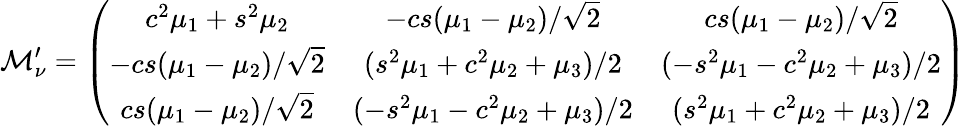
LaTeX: \mathcal{M}_{\nu}^{\prime}=\left(\begin{array}{ccc}{{c^{2}\mu_{1}+s^{2}\mu_{2}}}&{{-cs(\mu_{1}-\mu_{2})/\sqrt{2}}}&{{cs(\mu_{1}-\mu_{2})/\sqrt{2}}}\\ {{-cs(\mu_{1}-\mu_{2})/\sqrt{2}}}&{{(s^{2}\mu_{1}+c^{2}\mu_{2}+\mu_{3})/2}}&{{(-s^{2}\mu_{1}-c^{2}\mu_{2}+\mu_{3})/2}}\\ {{cs(\mu_{1}-\mu_{2})/\sqrt{2}}}&{{(-s^{2}\mu_{1}-c^{2}\mu_{2}+\mu_{3})/2}}&{{(s^{2}\mu_{1}+c^{2}\mu_{2}+\mu_{3})/2}}\end{array}\right)